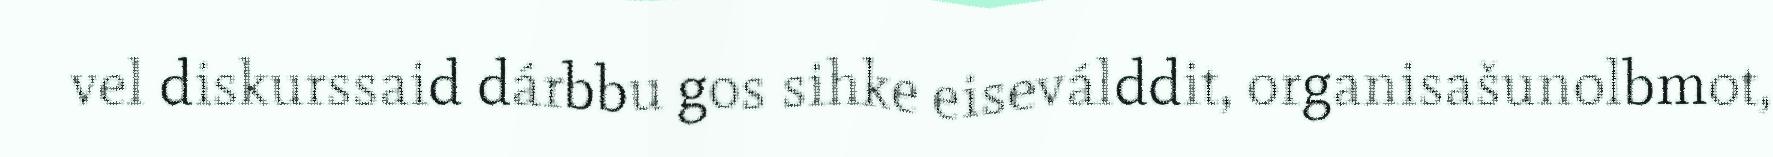
vel diskurssaid dárbbu gos sihke eiseválddit, organisašunolbmot,